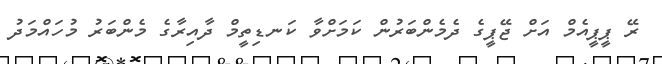
ރޭ ޕީޕީއެމް އަށް ޖޭޕީގެ ދެމެންބަރުން ކަމަށްވާ ކަނޑިތީމް ދާއިރާގެ މެންބަރު މުހައްމަދު